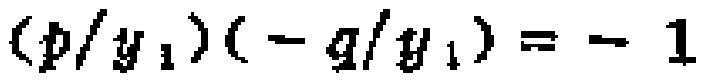
\((p/y_1)(-q/y_1)=-1\)